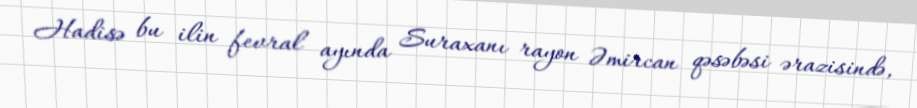
Hadisə bu ilin fevral ayında Suraxanı rayon Əmircan qəsəbəsi ərazisində,